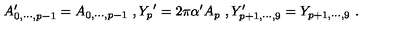
A _ { 0 , \cdots , p - 1 } ^ { \prime } = { A _ { 0 , \cdots , p - 1 } } \ , { Y _ { p } } ^ { \prime } = 2 \pi \alpha ^ { \prime } A _ { p } \ , Y _ { p + 1 , \cdots , 9 } ^ { \prime } = Y _ { p + 1 , \cdots , 9 } \ .